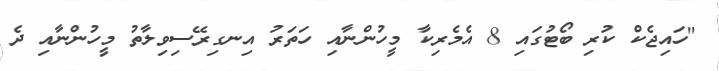
"ހައިޖެކް ކުރި ބޯޓުގައި 8 އެމެރިކާ މީހުންނާއި ހަތަރު އިނގިރޭސިވިލާތު މީހުންނާއި ދެ